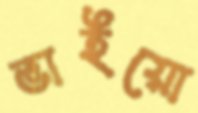
ভাইয়ো